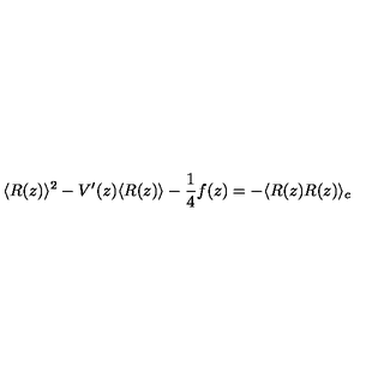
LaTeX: \langle R ( z ) \rangle ^ { 2 } - V ^ { \prime } ( z ) \langle R ( z ) \rangle - \frac { 1 } { 4 } f ( z ) = - \langle R ( z ) R ( z ) \rangle _ { c }